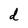
Character: d